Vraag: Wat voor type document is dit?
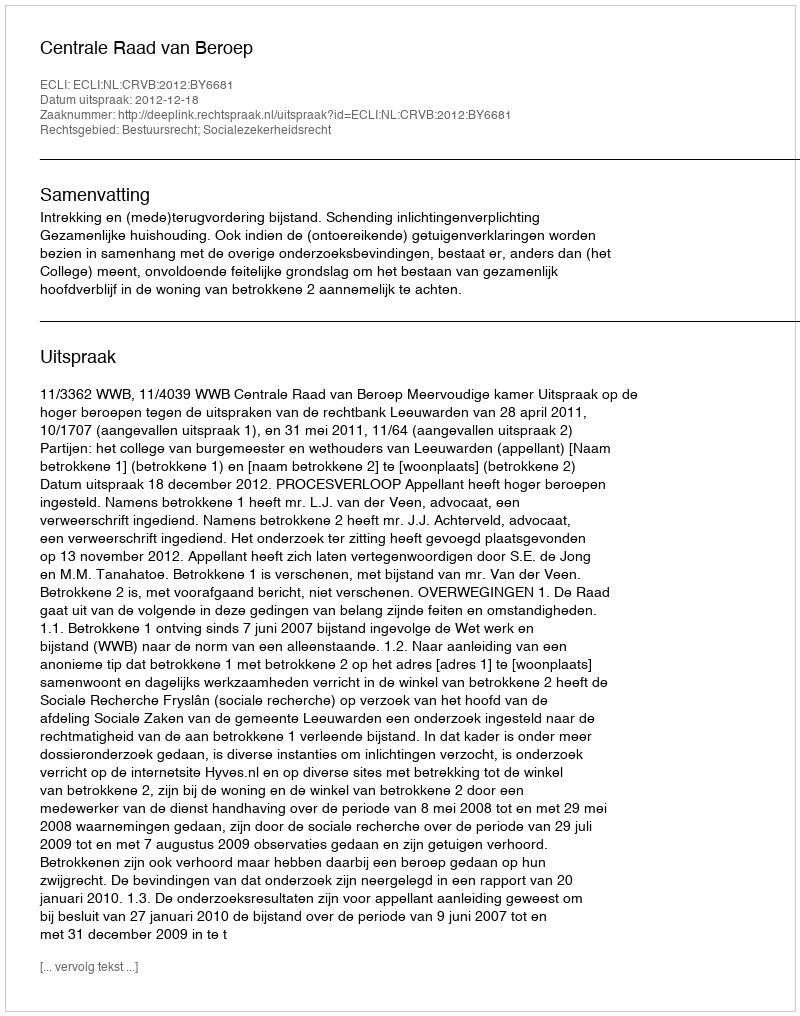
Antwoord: Uitspraak